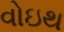
વોઇથ